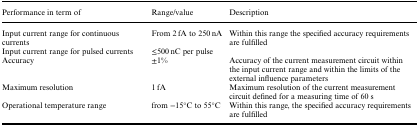
<table><thead><tr><td><b>Performance in term of</b></td><td><b>Range/value</b></td><td><b>Description</b></td></tr></thead><tbody><tr><td>Input current range for continuous currents</td><td>From 2 fA to 250 nA</td><td>Within this range the specified accuracy requirements are fulfilled</td></tr><tr><td>Input current range for pulsed currents</td><td>≤500 nC per pulse</td><td></td></tr><tr><td>Accuracy</td><td>±1%</td><td>Accuracy of the current measurement circuit within the input current range and within the limits of the external influence parameters</td></tr><tr><td>Maximum resolution</td><td>1 fA</td><td>Maximum resolution of the current measurement circuit defined for a measuring time of 60 s</td></tr><tr><td>Operational temperature range</td><td>from −15°C to 55°C</td><td>Within this range, the specified accuracy requirements are fulfilled</td></tr></tbody></table>